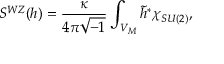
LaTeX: S ^ { W Z } ( h ) = \frac { \kappa } { 4 \pi \sqrt { - 1 } } \int _ { V _ { M } } \widetilde { h } ^ { \ast } \chi _ { S U ( 2 ) } ,